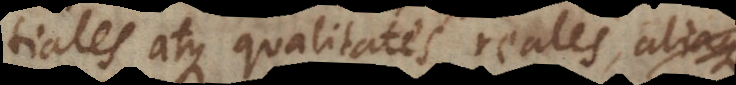
tiales atque qualitates reales, aliaque